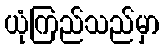
ယုံကြည်သည်မှာ